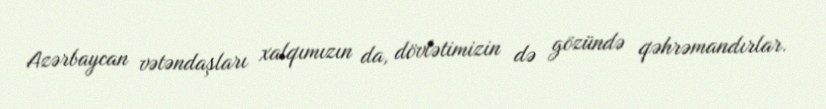
Azərbaycan vətəndaşları xalqımızın da, dövlətimizin də gözündə qəhrəmandırlar.